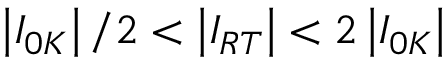
\left\vert I _ { 0 K } \right\vert / 2 < \left\vert I _ { R T } \right\vert < 2 \left\vert I _ { 0 K } \right\vert